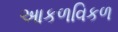
આકળવિકળ